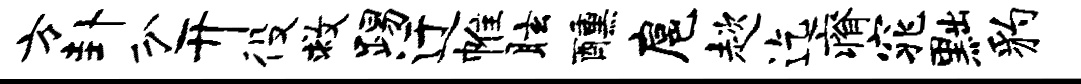
方卦分开役救踢迂帷眩醺扈趑迄瘠窕黜豹